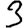
Digit: 3